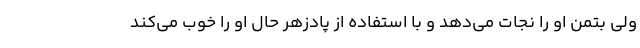
ولی بتمن او را نجات می‌دهد و با استفاده از پادزهر حال او را خوب می‌کند